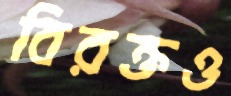
বিরক্তও